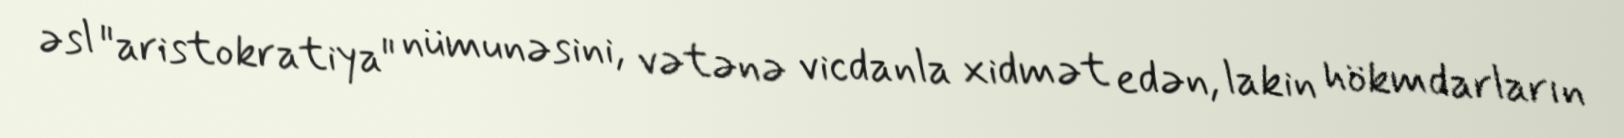
əsl "aristokratiya" nümunəsini, vətənə vicdanla xidmət edən, lakin hökmdarların